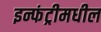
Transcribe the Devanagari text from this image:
इन्फंट्रीमधील